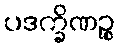
ပဒက္ခိဏဉ္စ